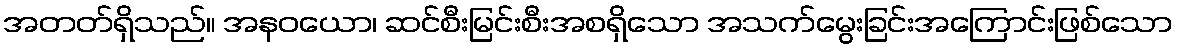
အတတ်ရှိသည်။ အနဝယော၊ ဆင်စီးမြင်းစီးအစရှိသော အသက်မွေးခြင်းအကြောင်းဖြစ်သော